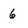
Character: 6